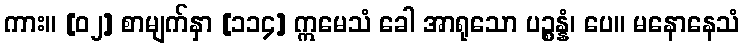
ကား။ [၀၂] စာမျက်နှာ [၁၁၄] ဣမေသံ ခေါ အာရုသော ပဉ္စန္နံ၊ ပေ။ မနောနေသံ